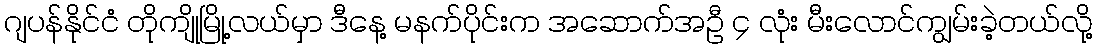
ဂျပန်နိုင်ငံ တိုကျိုမြို့လယ်မှာ ဒီနေ့ မနက်ပိုင်းက အဆောက်အဦ ၄ လုံး မီးလောင်ကျွမ်းခဲ့တယ်လို့